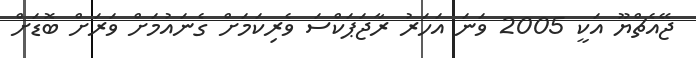
ޖޭއެޗްޔޫ އަކީ 2005 ވަނަ އަހަރު ރާޖަޕަކްސަ ވެރިކަމަށް ގެނައުމަށް ވަރަށް ބޮޑަށް